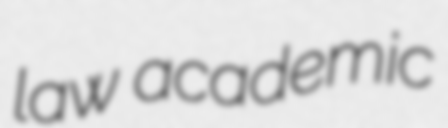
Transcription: law academic